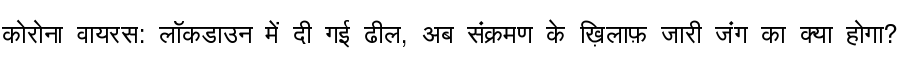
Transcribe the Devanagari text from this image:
कोरोना वायरस: लॉकडाउन में दी गई ढील, अब संक्रमण के ख़िलाफ़ जारी जंग का क्या होगा?